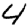
Digit: 4